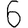
Digit: 6